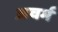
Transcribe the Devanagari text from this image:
अचर्म